Report of the Indian Hemp Drugs Commission, 1894-1895 - Volume VII
Year: 1894
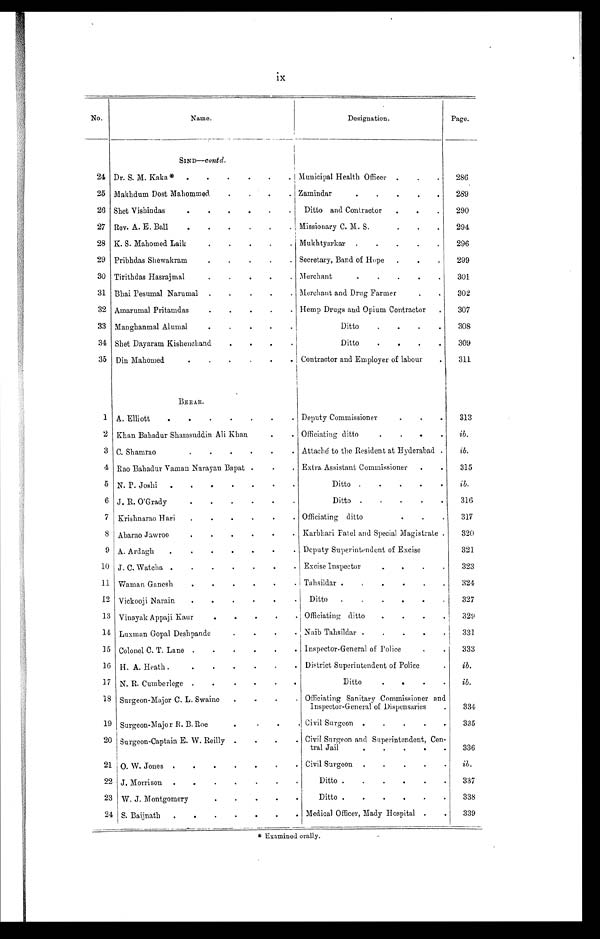
ix
No.
Name.
Designation.
Page.
SIND—contd.
24 Dr. S. M. Kaka* . . .
Municipal Health Officer . . .
286
25 Makhdum Post Mahommed . . .
Zamindar . . .
289
26 Shet Vishindas . . .
Ditto and Contractor . . .
290
27 Rev. A. E. Ball . . .
Missionary C. M. S. . . .
294
28 K. S. Mahomed Laik . . .
Mukhtyarkar . . .
296
29 Pribhdas Shewakram . . .
Secretary, Band of Hope . . .
299
30 Tirithdas Hasrajmal . . .
Merchant . . .
301
31 Bhai Pesumal Narumal . . .
Merchant and Drug Farmer . . .
302
32 Amarumal Pritamdas . . .
Hemp Drugs and Opium Contractor . . .
307
33 Manghanmal Alumal . . .
Ditto . . .
308
34 Shet Dayaram Kishenchand . . .
Ditto . . .
309
35 Din Mahomed . . . Contractor and Employer of labour . . .
311
BERAR.
1
A. Elliott . . .
Deputy Commissioner . . .
313
2 Khan Bahadur Shamsuddin Ali Khan . . .
Officiating ditto . . . ib.
3 C. Shamrao . . .
Attaché to the Resident at Hyderabad . . . ib.
4 Rao Bahadur Vaman Narayan Bapat . . .
Extra Assistant Commissioner . . .
315
5 N. P. Joshi . . .
Ditto . . .
ib.
6 J. R. O'Grady . . .
Ditto . . .
316
7 Krishnarao Hari . . . Officiating ditto . . .
317
8 Abarao Jawroo . . . Karbhari Fatel and Special Magistrate . . .
320
9 A. Ardagh . .. Deputy Superintendent of Excise . . .
321
10 J. C. Watcha . . .
Excise Inspector . . .
323
1 1 Waman Ganesh . . .
Tahsildar . . .
324
12 Vickooji Narain . . .
Ditto . . .
327
13 Vinayak Appaji Kaur . . .
Officiating ditto . . .
329
14 Luxman Gopal Deshpande . . .
Naib T a h s i l d a r . . .
331
15 Colonel C. T. Lane . . .
Inspector-General of Police . . .
333
16 H. A. Heath . . .
District Superintendent of Police . . .
ib.
17 N. R. Cumberlege . . .
Ditto . . .
ib.
18 Surgeon-Major C. L. Swaine . . .
Officiating Sanitary Commissioner and
Inspector-General of Dispensaries . . .
334
19 Surgeon-Major R. B. Roe . . .
Civil Surgeon . . .
335
20 Surgeon-Captain E. W. R e i l l y . . .
Civil Surgeon and Superintendent, Cen -
tral Jail . . .
336
21 O. W. Jones . . .
Civil Surgeon . . . ib.
22 J. Morrison . . .
Ditto . . .
337
23 W. J. Montgomery . . .
Ditto . . .
338
24 S. Baijnath . . .
Medical Officer, Mady Hospital . . .
339
* Examined orally.